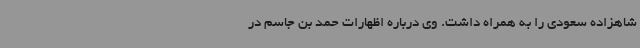
شاهزاده سعودی را به همراه داشت. وی درباره اظهارات حمد بن جاسم در